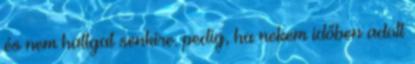
és nem hallgat senkire. pedig, ha nekem időben adott